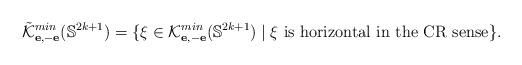
LaTeX: \begin{align*} \tilde{\cal K}_{ {\bf e}, - {\bf e} }^{min} ({\mathbb S}^{2k+1} ) = \{ \xi \in {\cal K}_{ {\bf e}, -{\bf e}}^{min} ({\mathbb S}^{2k+1} ) \mid \mbox{$\xi$ is horizontal in the CR sense}\}. \end{align*}